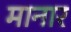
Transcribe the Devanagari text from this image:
मानार